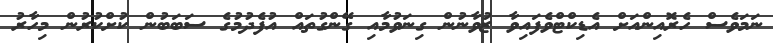
ނަމަވެސް ހެރޮއިންއަށް އެޑިކްޓްވެފައިވާ ޒުވާނުން ގިނަވުމާއި ގޭންގުތައް އުފެދުމުގެ ސަބަބުން ކުށްކުރުން މިހާރު